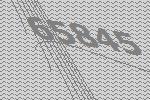
65845